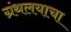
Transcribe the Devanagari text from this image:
ग्रंथलयाचा